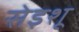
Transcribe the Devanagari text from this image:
सेइशू